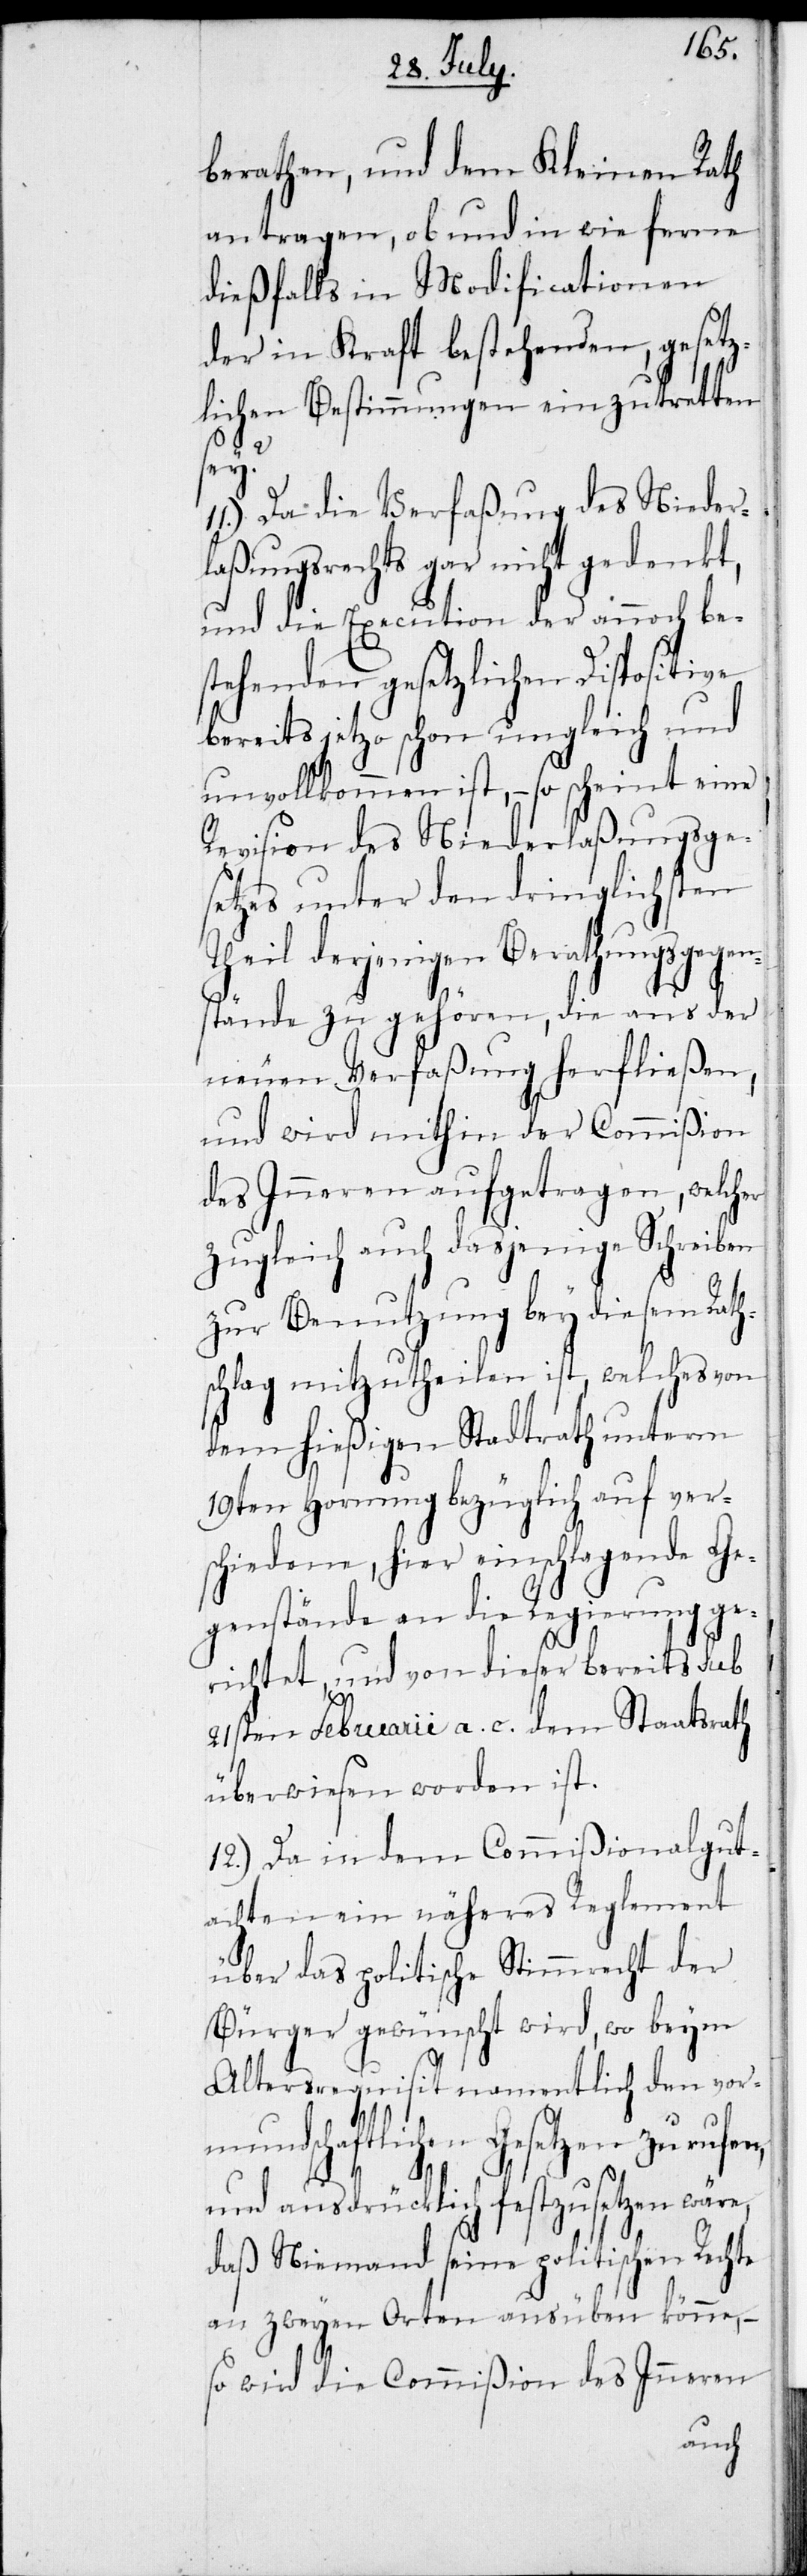
berathen, und dem Kleinen Rath
antragen, ob und in wie ferne
dießfalls in Modificationen
der in Kraft bestehenden, gesetz¬
lichen Bestimmungen einzutretten
sey?
11.) Da die Verfaßung des Nieder¬
laßungsrechts gar nicht gedenkt,
und die Execution der annoch be¬
stehenden gesetzlichen Dispositive
bereits jetzo schon ungleich und
unvollkommen ist, – so scheint eine
Revision des Niederlaßungsge¬
setzes unter den dringlichsten
Theil derjenigen Berathungsgegen¬
stände zu gehören, die aus der
neuen Verfaßung herfließen,
und wird mithin der Commißion
des Inneren aufgetragen, welcher
zugleich auch dasjenige Schreiben
zur Benutzung bey diesem Rath¬
schlag mitzutheilen ist, welches von
dem hießigen Stadtrath unterm
19ten Hornung bezüglich auf ver¬
schiedene, hier einschlagende Ge¬
genstände an die Regierung ge¬
richtet und von dieser bereits sub
21sten Februarii a. c. dem Staatsrath
überwiesen worden ist.
12.) Da in dem Commißionalgut¬
achten ein näheres Reglement
über das politische Stimmrecht der
Bürger gewünscht wird, wo beym
Altersrequisit namentlich den vor¬
mundschaftlichen Gesetzen zu rufen,
und ausdrücklich festzusetzen wäre,
daß Niemand seine politischen Rechte
an zweyen Orten ausüben könne, –
so wird die Commißion des Inneren